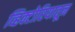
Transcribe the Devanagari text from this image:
व्हिक्टोरियातून